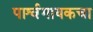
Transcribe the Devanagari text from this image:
पार्श्वगायकचा